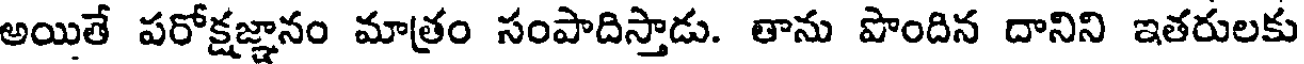
అయితే పరోక్షజ్ఞానం మాత్రం సంపాదిస్తాడు. తాను పొందిన దానిని ఇతరులకు